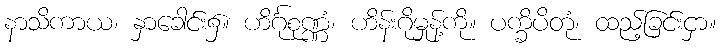
နာသိကာယ၊ နှာခေါင်း၌။ ဟိင်္ဂုစုဏ္ဏံ၊ ဟိန်းဂိုမှုန့်ကို။ ပက္ခိပိတုံ၊ ထည့်ခြင်းငှာ။